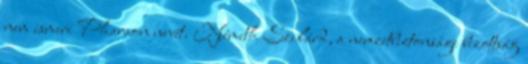
nem ismeri Pharaon nevét. Németh Szilárd, a nemzetbiztonsági bizottság